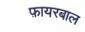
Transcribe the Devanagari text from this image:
फ़ायरबाल